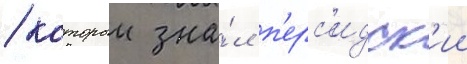
/ которыи зна́л п'ерс'идск'ии